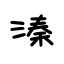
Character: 溱